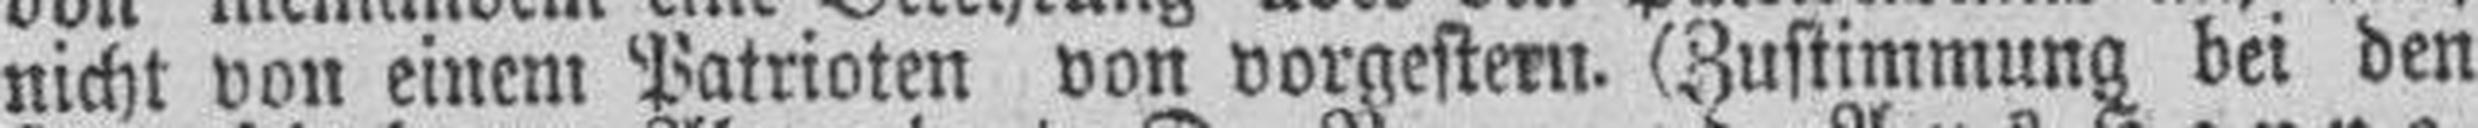
nicht von einem Patrioten von vorgestern. (Zustimmung bei den